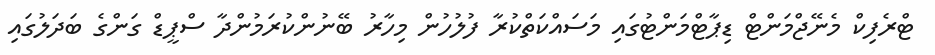
ޓްރެފިކް މެނޭޖްމަންޓް ޑިޕާޓްމަންޓުގައި މަސައްކަތްކުރާ ފުލުހުން މިހާރު ބޭނުންކުރަމުންދާ ސްޕީޑް ގަންގެ ބަދަލުގައި